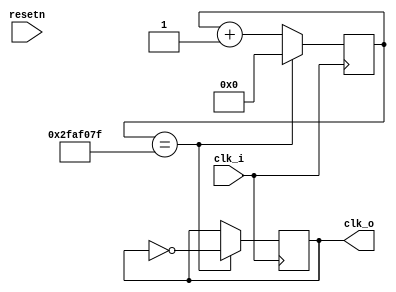
`timescale 1ns / 1ps

module clock_divider_hz(clk_i, clk_o, resetn);

    input clk_i, resetn;
    output reg clk_o = 0;
    reg [31:0] count;
    
    always @ (posedge clk_i) begin
       if (count == 50000000-1) begin
            count <= 0;
            clk_o <= ~clk_o;
        end else begin
            count <= count + 1'b1;
            clk_o <= clk_o;
        end
    end
    
endmodule